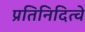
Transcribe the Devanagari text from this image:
प्रतिनिदित्वे